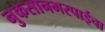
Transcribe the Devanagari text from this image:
नुकसानभरपाईचा